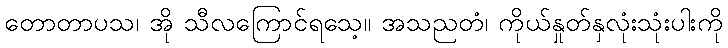
တောတာပသ၊ အို သီလကြောင်ရသေ့။ အသညတံ၊ ကိုယ်နှုတ်နှလုံးသုံးပါးကို